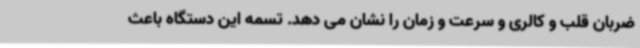
ضربان قلب و کالری و سرعت و زمان را نشان می دهد. تسمه این دستگاه باعث